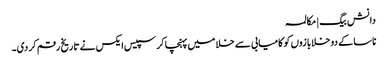
دانش بیگ | مکالمہ
ناسا کے دو خلابازوں کو کامیابی سے خلا میں پہنچا کر سپیس ایکس نے تاریخ رقم کر دی۔